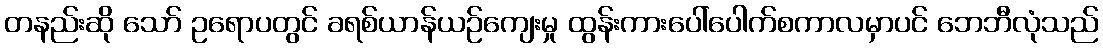
တနည်းဆို သော် ဥရောပတွင် ခရစ်ယာန်ယဉ်ကျေးမှု ထွန်းကားပေါ်ပေါက်စကာလမှာပင် ဘေဘီလုံသည်